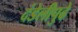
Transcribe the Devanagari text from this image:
दंडेलीपुढे